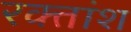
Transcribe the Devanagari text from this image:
रक्‍तांश